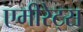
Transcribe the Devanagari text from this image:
एमीरेट्स